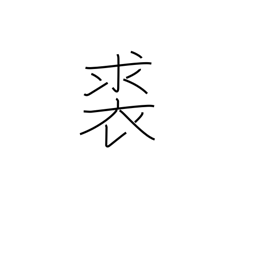
Meaning: leather clothing